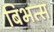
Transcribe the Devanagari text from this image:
बिभत्स